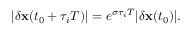
| \delta \mathbf x ( t _ { 0 } + \tau _ { i } T ) | = e ^ { \sigma \tau _ { i } T } | \delta \mathbf x ( t _ { 0 } ) | .